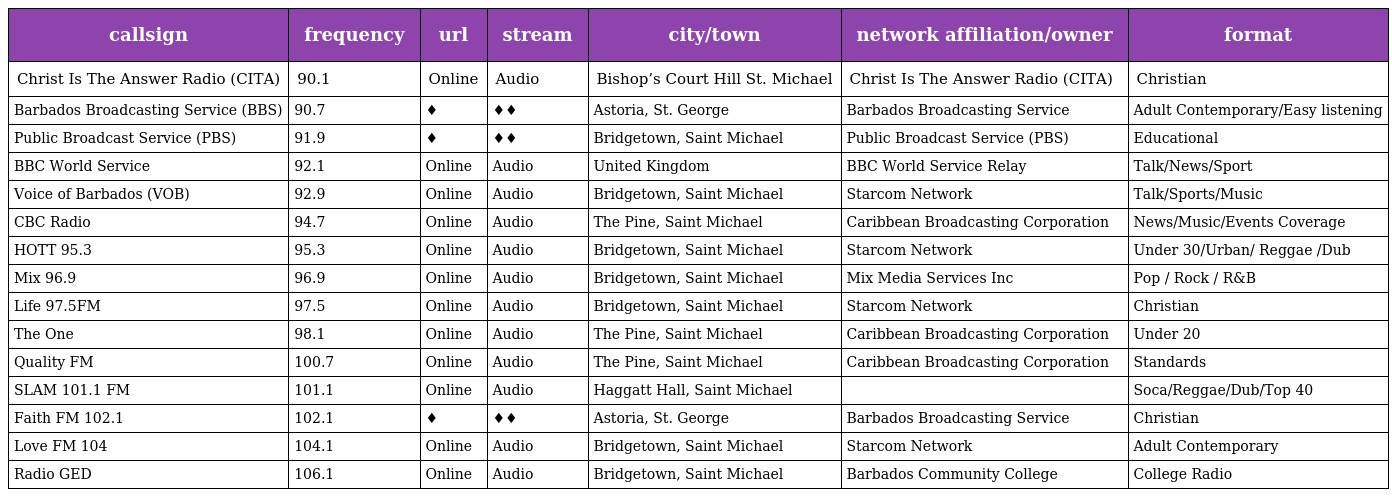
| callsign | frequency | url | stream | city/town | network affiliation/owner | format |
 | --- | --- | --- | --- | --- | --- | --- |
 | Christ Is The Answer Radio (CITA) | 90.1 | Online | Audio | Bishop’s Court Hill St. Michael | Christ Is The Answer Radio (CITA) | Christian |
 | Barbados Broadcasting Service (BBS) | 90.7 | ♦ | ♦♦ | Astoria, St. George | Barbados Broadcasting Service | Adult Contemporary/Easy listening |
 | Public Broadcast Service (PBS) | 91.9 | ♦ | ♦♦ | Bridgetown, Saint Michael | Public Broadcast Service (PBS) | Educational |
 | BBC World Service | 92.1 | Online | Audio | United Kingdom | BBC World Service Relay | Talk/News/Sport |
 | Voice of Barbados (VOB) | 92.9 | Online | Audio | Bridgetown, Saint Michael | Starcom Network | Talk/Sports/Music |
 | CBC Radio | 94.7 | Online | Audio | The Pine, Saint Michael | Caribbean Broadcasting Corporation | News/Music/Events Coverage |
 | HOTT 95.3 | 95.3 | Online | Audio | Bridgetown, Saint Michael | Starcom Network | Under 30/Urban/ Reggae /Dub |
 | Mix 96.9 | 96.9 | Online | Audio | Bridgetown, Saint Michael | Mix Media Services Inc | Pop / Rock / R&B |
 | Life 97.5FM | 97.5 | Online | Audio | Bridgetown, Saint Michael | Starcom Network | Christian |
 | The One | 98.1 | Online | Audio | The Pine, Saint Michael | Caribbean Broadcasting Corporation | Under 20 |
 | Quality FM | 100.7 | Online | Audio | The Pine, Saint Michael | Caribbean Broadcasting Corporation | Standards |
 | SLAM 101.1 FM | 101.1 | Online | Audio | Haggatt Hall, Saint Michael |  | Soca/Reggae/Dub/Top 40 |
 | Faith FM 102.1 | 102.1 | ♦ | ♦♦ | Astoria, St. George | Barbados Broadcasting Service | Christian |
 | Love FM 104 | 104.1 | Online | Audio | Bridgetown, Saint Michael | Starcom Network | Adult Contemporary |
 | Radio GED | 106.1 | Online | Audio | Bridgetown, Saint Michael | Barbados Community College | College Radio |